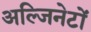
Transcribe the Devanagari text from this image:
अल्जिनेटों